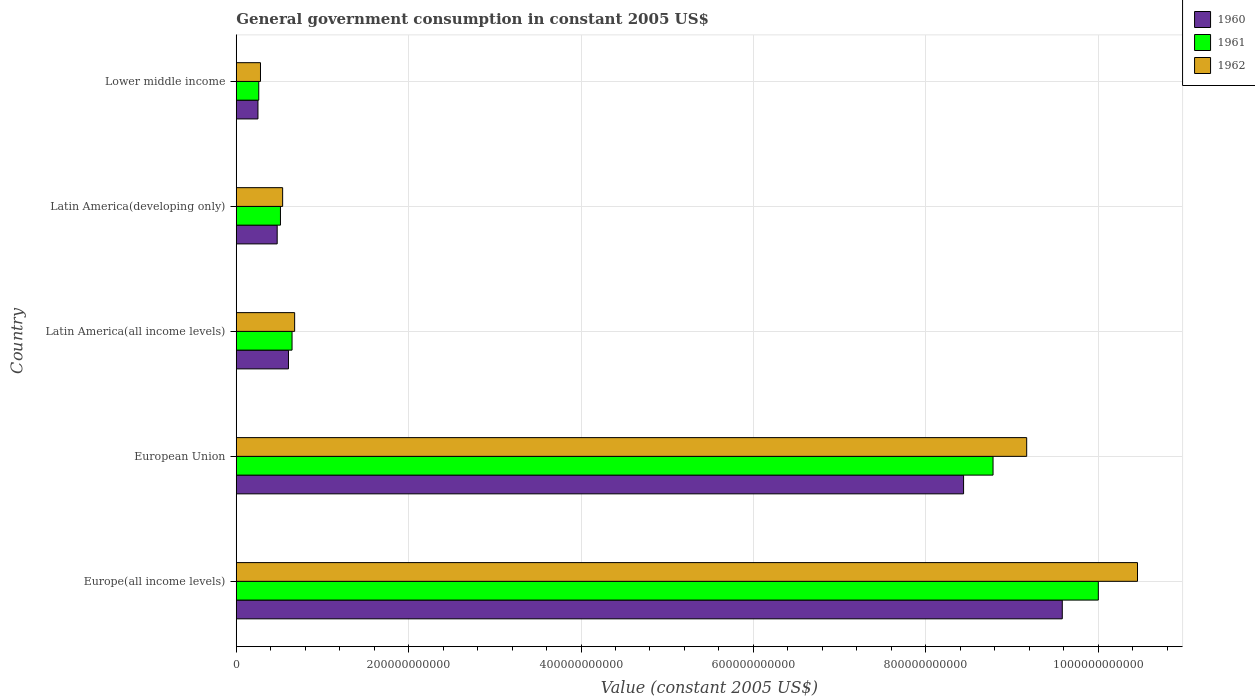
| Country | 1960 | 1961 | 1962 |
 | --- | --- | --- | --- |
 | Europe(all income levels) | 9.58e+11 | 1e+12 | 1.05e+12 |
 | European Union | 8.44e+11 | 8.78e+11 | 9.17e+11 |
 | Latin America(all income levels) | 6.06e+10 | 6.47e+10 | 6.77e+10 |
 | Latin America(developing only) | 4.75e+10 | 5.13e+10 | 5.38e+10 |
 | Lower middle income | 2.52e+10 | 2.61e+10 | 2.81e+10 |